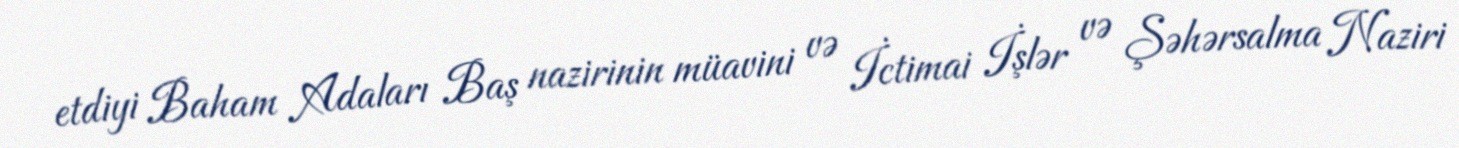
etdiyi Baham Adaları Baş nazirinin müavini və İctimai İşlər və Şəhərsalma Naziri